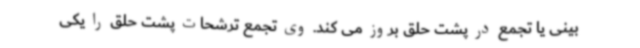
بینی یا تجمع در پشت حلق بروز می کند. وی تجمع ترشحات پشت حلق را یکی